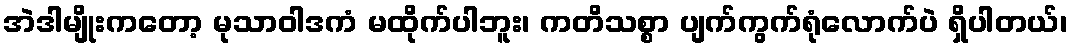
အဲဒါမျိုးကတော့ မုသာဝါဒကံ မထိုက်ပါဘူး၊ ကတိသစ္စာ ပျက်ကွက်ရုံလောက်ပဲ ရှိပါတယ်၊